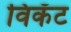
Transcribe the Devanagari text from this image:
विकॅट